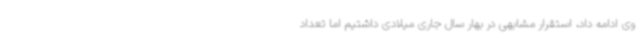
وی ادامه داد، استقرار مشابهی در بهار سال جاری میلادی داشتیم اما تعداد